Jaan_Tonisson_(Lasteleht), lk 69
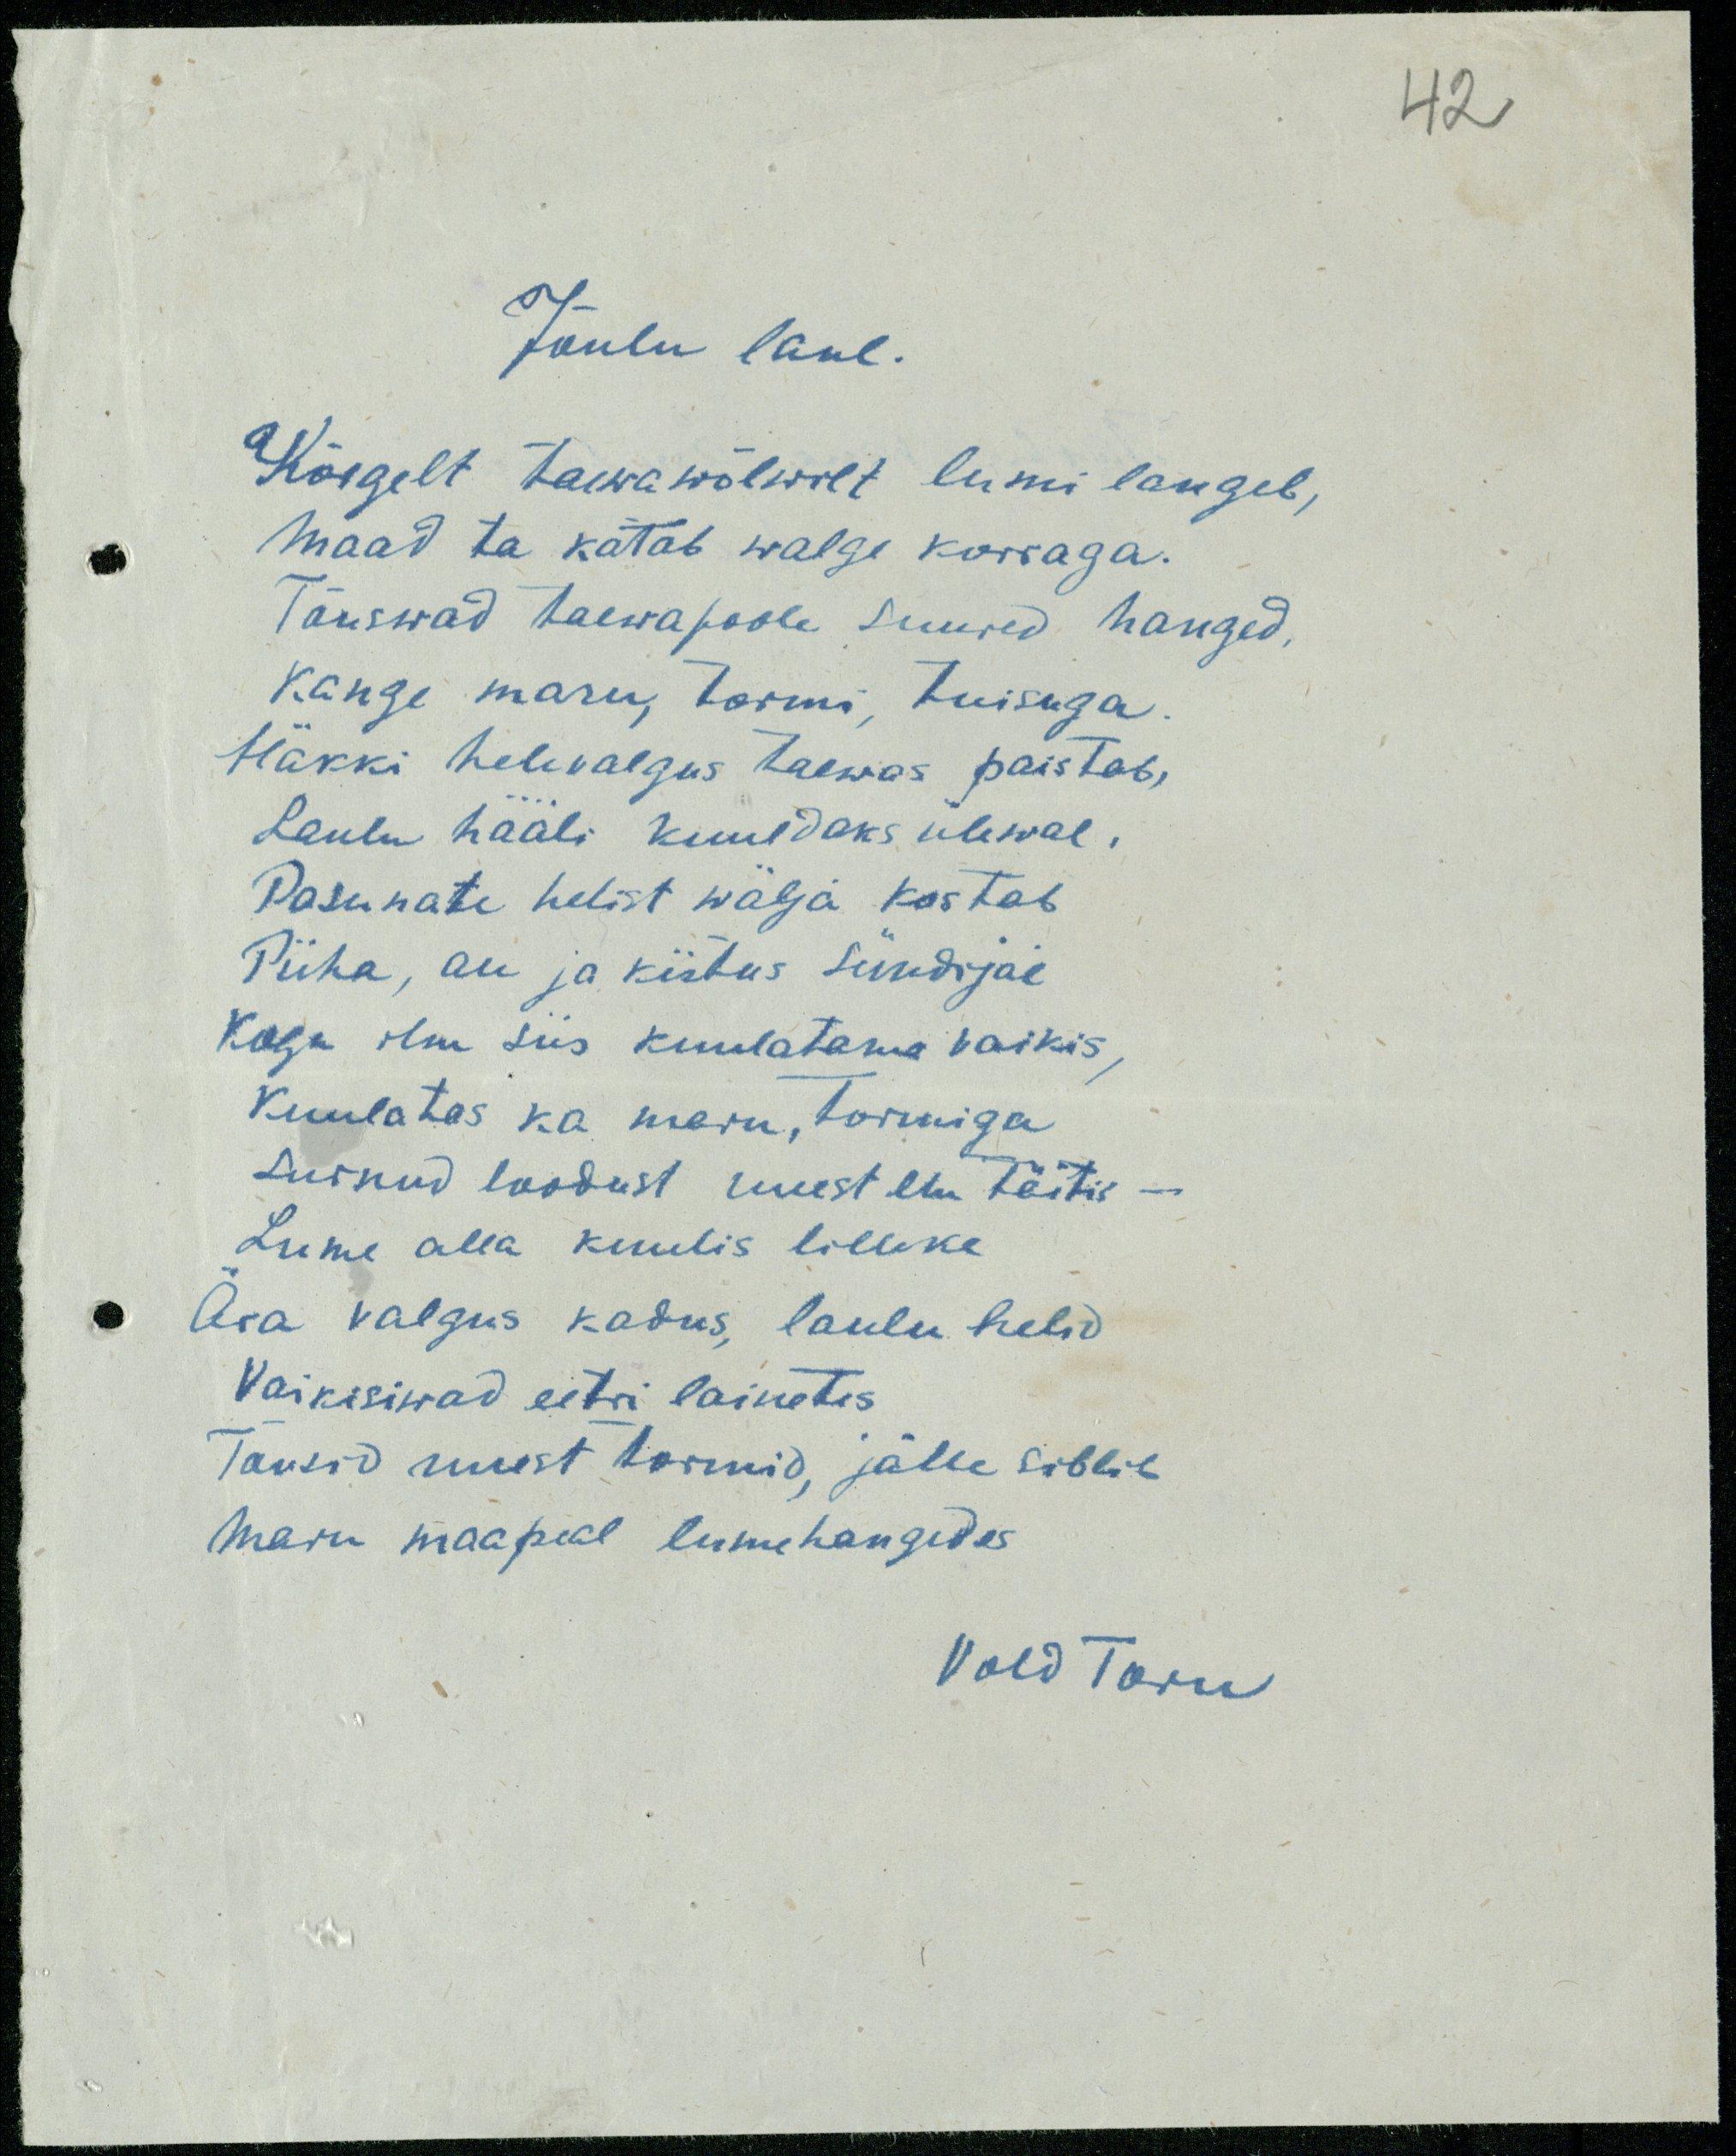
42

Jõulu laul.
Kõrgelt taewawõlwilt lumi langeb,
Maad ta katab walge korraga.
Tõuswad taewapoole suured hanged,
kange maru, tormi, tuisuga
Häkki helevalgus taewas paistab,
Laulu hääli kuuldaks ülewal,
Pasunate helist wälja kostab
Püha, au ja kiidus sündijal
Kogu ilm siis kuulatama vaikis,
Kuulatas ka maru, tormiga
Surnud loodust uuest elu täitis -
Lume alla kuulis lilleke
Ära valgus kadus, laulu helid,
Vaikisiwad eetri lainetes
Tõusid uuest tormid, jälle siblib
Maru maapeal lumehangides,
Vold Toru